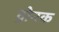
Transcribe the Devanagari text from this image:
द्रोनक